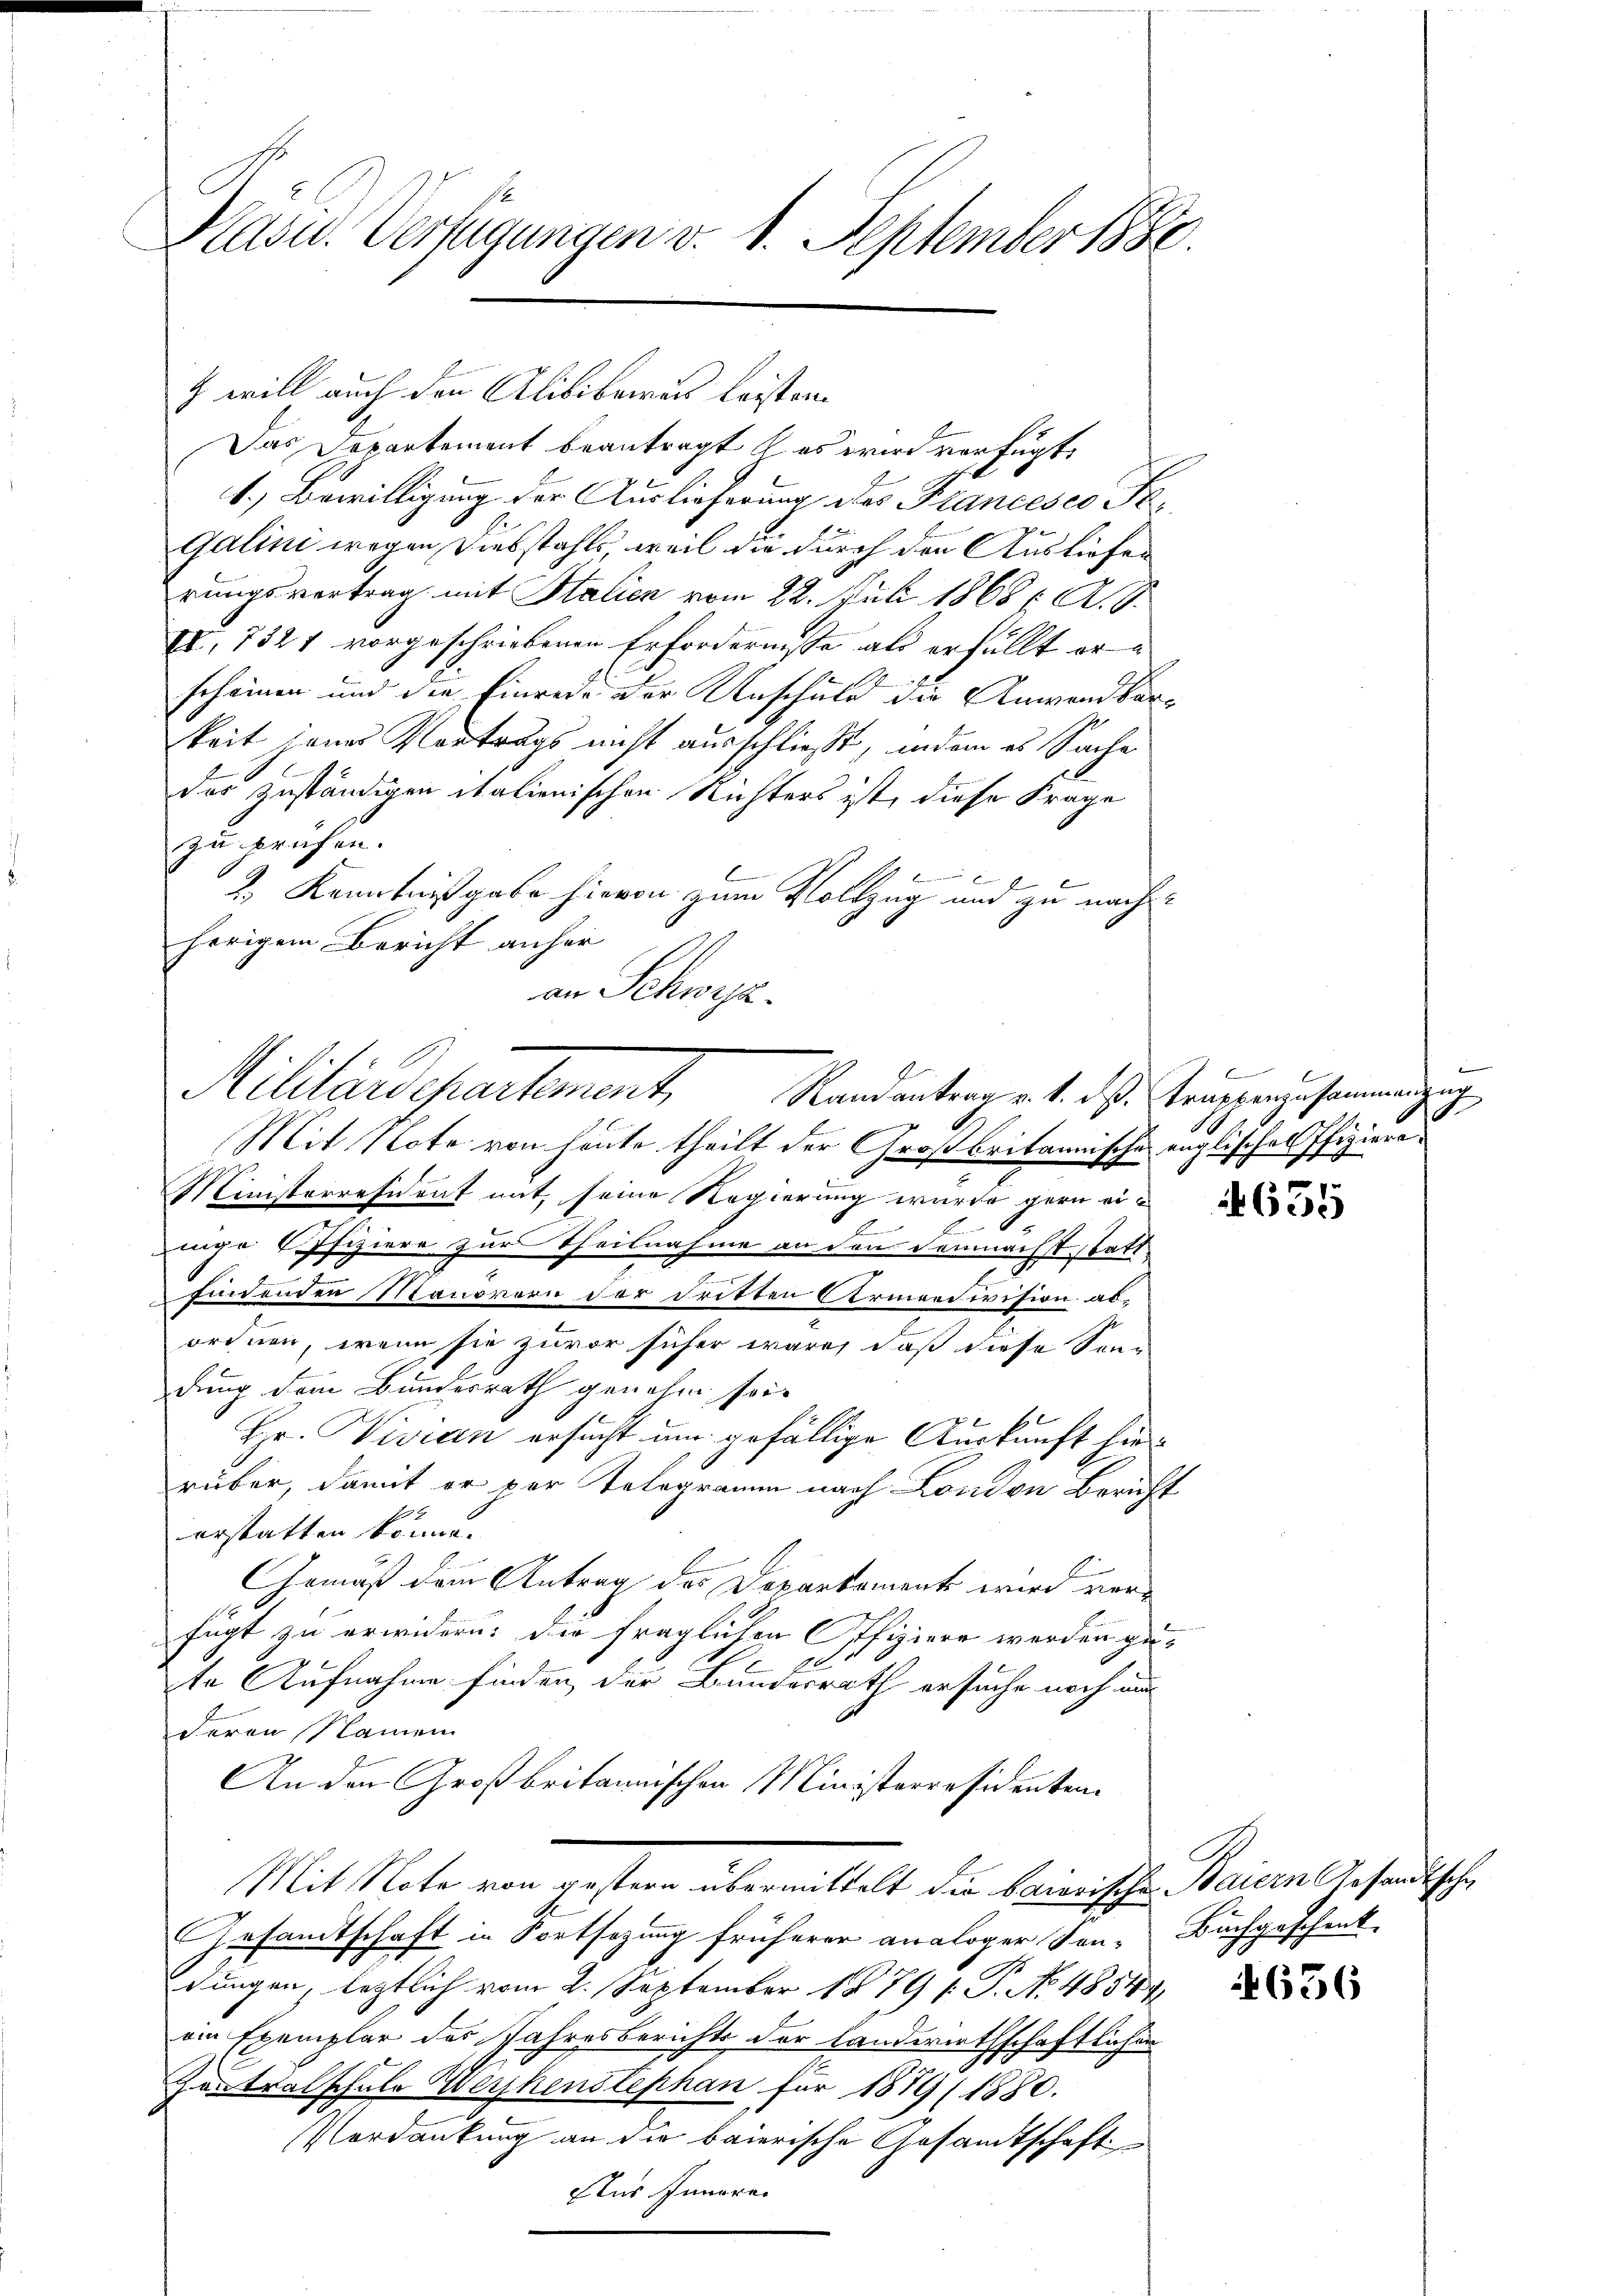
Präsid. Verfügungen v. 1. September 1880.

will auch den Alibibaren leisten.
Das Departement beantragt es wird verfügt,
1.) Bewilligung der Auslieferung des Francesco Fe¬
Galini wegen Diebstahls, weil die durch den Ausliefen
rungsvertrag mit Italien vom 22. Juli 1868 ( A. G.
XI. 7321 vorgeschriebenen Erfordernisse als erfüllt erscheinen und die Einrede der Anschuld die Anwendbarkeit jenes Vortrags nicht ausschließt, indem es Sache
das zuständigen italienischen Richters ist, diese Frage
zu prüfen.
u Ende hie
2.) Kenntnißgabe hievon zum Vollzug und zu nachherigem Bericht anher
an Schwyz.
Mit Note von heute theilt der Großbritannische englisches Pfiziere¬
Ministerresident mit, seine Regierung wurde gern ei¬
E
inge Offiziere zur Theilnahme an den demnächst statt
.
findenden Manovern der dritten Armendivision abordnen, wenn sie zuvor sicher wäre, daß diese San-
dung dem Bundesrath genehm sei
Hr. Visian ersucht um gefällige Auskunft hinrüber, damit er per Telegramm nach London Bericht
erstatten könne.
Gemäß dem Antrag des Departament wird vorfügt zu erwidern, die fraglichen Offiziere werden ge-
10
te Aufnahme finden, der Bundesrath ersuche noch ni
deren Namen
An den Großbritannischen Ministerresidenten
Mit Note von gestern übermittelt die baierische Baiern Gesandtsche
Gesamtschaft in Fortsezung früherer analoger Son-Buchgeschenk
dungen, leztlich vom 2. September 1879 f. P. No. 485441
oin Exemplar des Jahresberichts der Landwirthschaftlichen
Zontralschule Werkenstephan für 1879 (1880.
Verdankung an die baierische Gesandtschaft
Aus Inneren

Militärdepartement,
Randantrag v. 1. ds. Truppenzusammengung

1
.

600

656